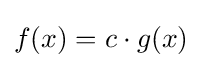
f(x)=c\cdot g(x)